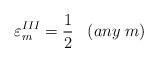
LaTeX: \begin{align*}{\varepsilon}_m^{III} = \frac {1} {2} \;\;\; (any \; m)\end{align*}